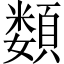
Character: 𩔗